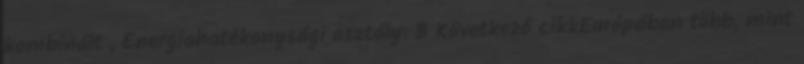
kombinált , Energiahatékonysági osztály: B Következő cikkEurópában több, mint